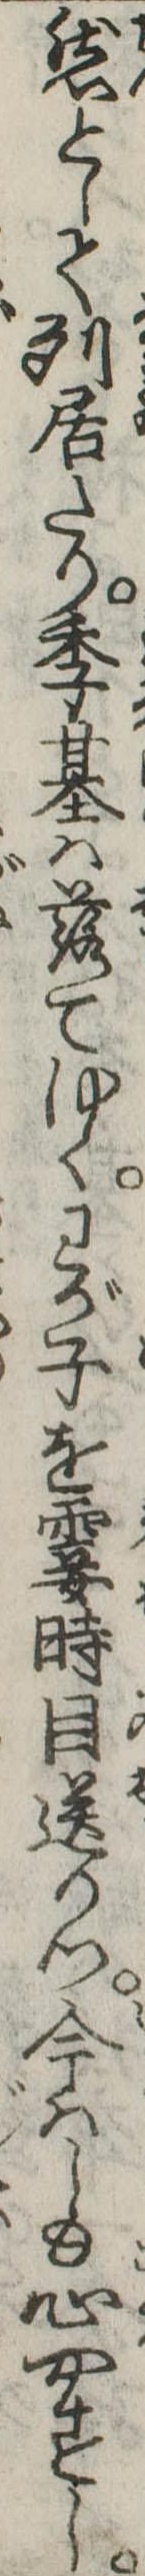
然として列居たり季基は落てゆくわが子を霎時目送りつ今はしも心やすし